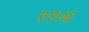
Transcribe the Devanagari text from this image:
९१०६